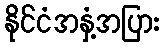
နိုင်ငံအနှံ့အပြား